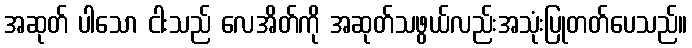
အဆုတ် ပါသော ငါးသည် လေအိတ်ကို အဆုတ်သဖွယ်လည်းအသုံးပြုတတ်ပေသည်။